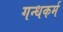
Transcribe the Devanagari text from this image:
गन्धकर्म